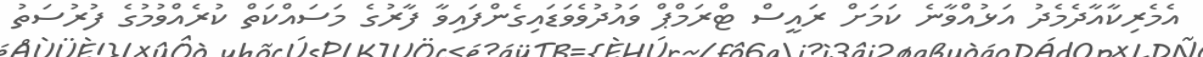
އެމެރިކާއާދެމެދު އަޅުއްވާނެ ކަމަށް ރައީސް ޓްރަމްޕް ވައުދުވެވަޑައިގެންފައިވާ ފާރުގެ މަސައްކަތް ކުރެއްވުމުގެ ފުރުސަތު